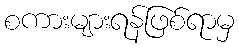
စကားများရန်ဖြစ်ရာမှ